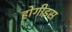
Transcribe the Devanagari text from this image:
होगीइस